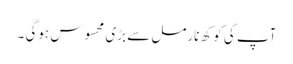
آپ کی کوکھ نارمل سے بڑی محسوس ہوگی ۔